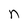
Character: n